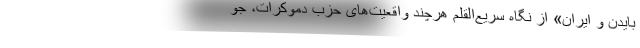
بایدن و ایران» از نگاه سریع‌القلم هرچند واقعیت‌های حزبِ دموکرات، جو